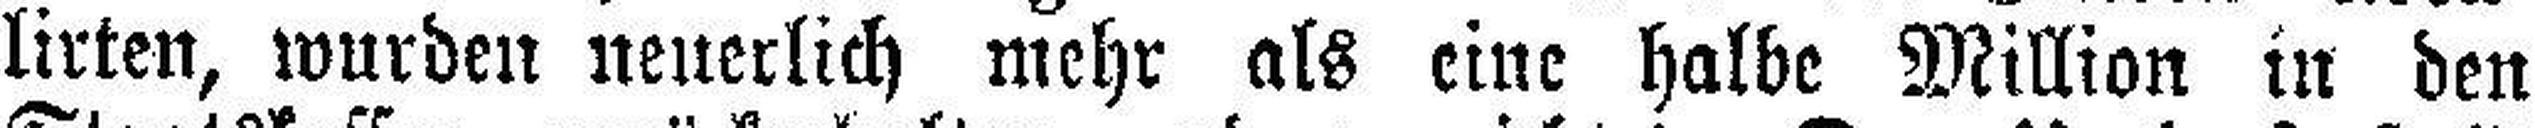
lirten, wurden neuerlich mehr als eine halbe Million in den